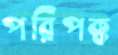
পরিপক্ক